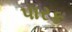
પારક